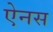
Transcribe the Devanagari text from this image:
ऐनस